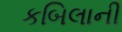
કબિલાની